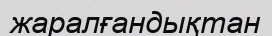
жаралғандықтан